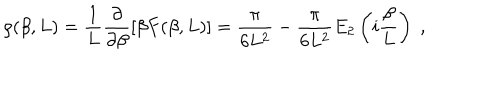
LaTeX: \rho ( \beta , L ) = \frac { 1 } { L } \frac { \partial } { \partial \beta } \left[ \beta F ( \beta , L ) \right] = \frac { \pi } { 6 L ^ { 2 } } - \frac { \pi } { 6 L ^ { 2 } } E _ { 2 } \left( i \frac { \beta } { L } \right) \; ,